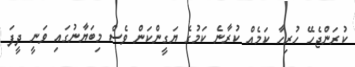
ކުރަންޖެހޭ ހުރިހާ ކަމެއް ކުރާނެ ކަމުގެ ޔަގީންކަން ވެސް މިބަޔާނުގައި ވަނީ ދީފަ